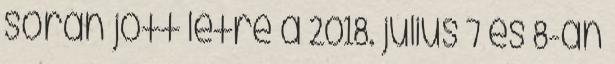
során jött létre a 2018. július 7 és 8-án